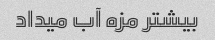
بیشتر مزه آب میداد